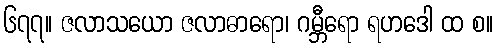
၆၇၇။ ဇလာသယော ဇလာဓာရော၊ ဂမ္ဘီရော ရဟဒေါ ထ စ။